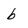
Character: b